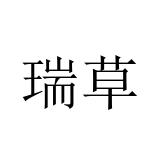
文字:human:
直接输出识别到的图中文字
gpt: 瑞草